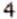
4